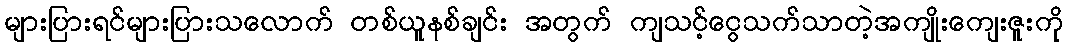
များပြားရင်များပြားသလောက် တစ်ယူနစ်ချင်း အတွက် ကျသင့်ငွေသက်သာတဲ့အကျိုးကျေးဇူးကို